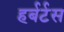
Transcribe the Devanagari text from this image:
हर्बर्टस